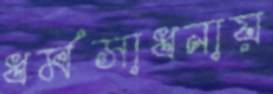
ধর্মসাধনায়